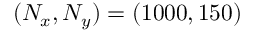
( N _ { x } , N _ { y } ) = ( 1 0 0 0 , 1 5 0 )